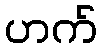
ဟက်